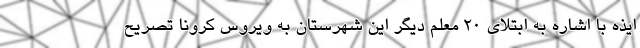
ایذه با اشاره به ابتلای ۲۰ معلم دیگر این شهرستان به ویروس کرونا تصریح